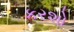
કરશો